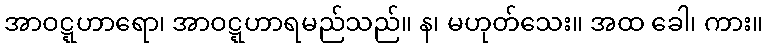
အာဝဋ္ဋဟာရော၊ အာဝဋ္ဋဟာရမည်သည်။ န၊ မဟုတ်သေး။ အထ ခေါ၊ ကား။